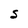
Character: S